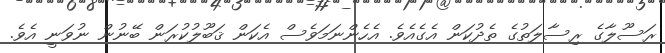
ރަސޫލާގެ ރިސާލަތުގެ ތެދުކަން އެގެއެވެ. އެހެންނަމަވެސް އެކަން ޤަބޫލުކުރަން ބޭނުން ނުވަނީ އެވެ.